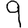
Digit: 9